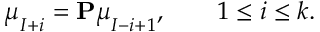
\boldsymbol { \mu } _ { I + i } = \mathbf { P } \boldsymbol { \mu } _ { I - i + 1 } , \qquad 1 \leq i \leq k .